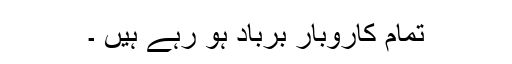
تمام کاروبار برباد ہو رہے ہیں ۔